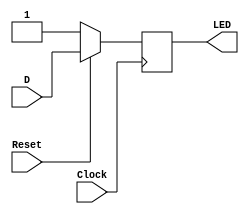
//2020.11.13
//D 

module D(D,Reset,LED,Clock);
	input D;
	input Reset;
	input Clock;
	
	output reg LED;
	
	always@(posedge Clock) begin
		if(Reset == 1'b0) begin
			LED <= 1'b1;
		end
		else begin
			LED <= D;
		end
	end
	
endmodule